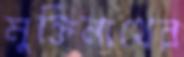
মুক্তিনাথের